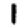
Digit: 1